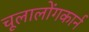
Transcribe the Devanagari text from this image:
चूलालोंगकार्न